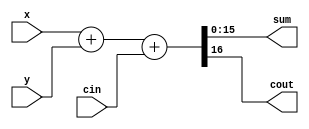
/*                   *
 * adder16.v         *
 * 16  *
 *  x,y,  y  *
 *                   */

module adder16 (x,y,cin,sum,cout);
	input [15:0] x,y;
	input cin;
	output [15:0] sum;
	output cout;

	assign {cout,sum} = x + y + cin;
endmodule